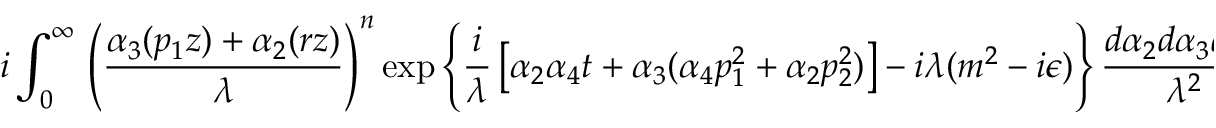
i \int _ { 0 } ^ { \infty } \, \left( \frac { \alpha _ { 3 } ( p _ { 1 } z ) + \alpha _ { 2 } ( r z ) } { \lambda } \right) ^ { n } \exp \left\{ \frac { i } { \lambda } \left[ \alpha _ { 2 } \alpha _ { 4 } t + \alpha _ { 3 } ( \alpha _ { 4 } p _ { 1 } ^ { 2 } + \alpha _ { 2 } p _ { 2 } ^ { 2 } ) \right] - i \lambda ( m ^ { 2 } - i \epsilon ) \right\} \frac { d \alpha _ { 2 } d \alpha _ { 3 } d \alpha _ { 4 } } { \lambda ^ { 2 } } \, .